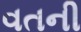
વતની